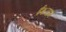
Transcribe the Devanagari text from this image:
ईशराम